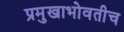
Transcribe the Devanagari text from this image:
प्रमुखाभोवतीच